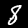
Label: 8